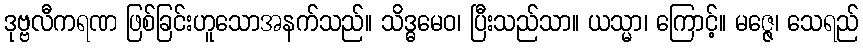
ဒုဗ္ဗလီကရဏ ဖြစ်ခြင်းဟူသောအနက်သည်။ သိဒ္ဓမေဝ၊ ပြီးသည်သာ။ ယသ္မာ၊ ကြောင့်။ မဇ္ဇေ၊ သေရည်